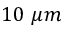
1 0 ~ \mu m